Scottish Leaving Certificate Examination, 1953
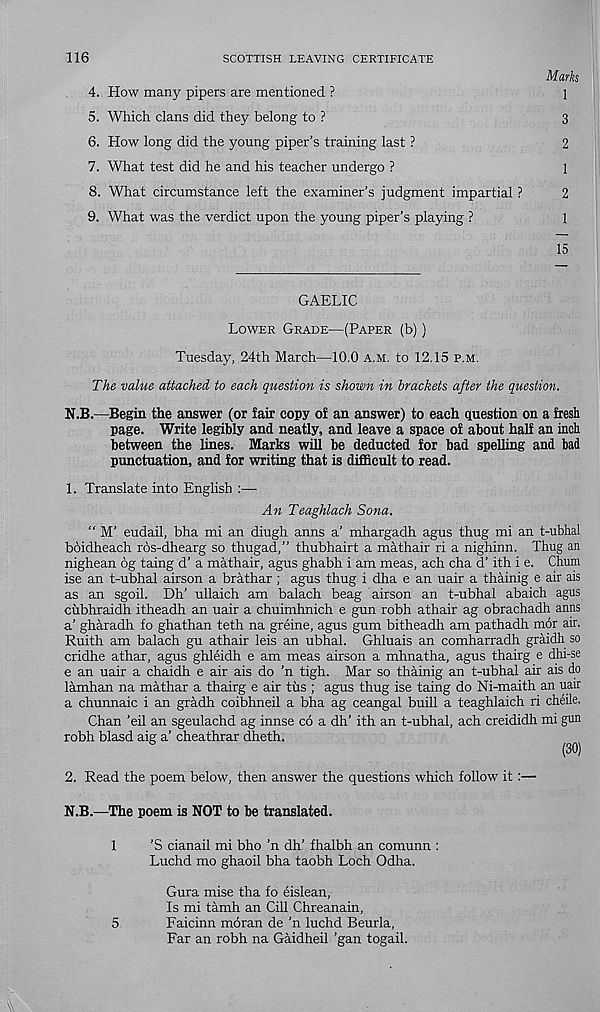
116
SCOTTISH LEAVING CERTIFICATE
Marks
4. How many pipers are mentioned ?
1
5. Which clans did they belong to ?
3
6. How long did the young piper’s training last ?
2
7. What test did he and his teacher undergo ?
1
8. What circumstance left the examiner’s judgment impartial ?
2
9. What was the verdict upon the young piper’s playing ?
1
15
GAELIC
Lower Grade—(Paper (b))
Tuesday, 24th March—10.0 a.m. to 12.15 p.m.
The value attached to each question is shown in brackets after the question.
N.B.—Begin the answer (or fair copy of an answer) to each question on a fresh
page. Write legibly and neatly, and leave a space of about half an inch
between the lines. Marks will be deducted for bad spelling and bad
punctuation, and for writing that is difficult to read.
1. Translate into English :—
An Teaghlach Sana.
“ M’ eudail, bha mi an diugh anns a’ mhargadh agus thug mi an t-ubhal
boidheach ros-dhearg so thugad,” thubhairt a mathair ri a nighinn. Thug an
nighean 6g taing d’ a mathair, agus ghabh i am meas, ach cha d’ ith i e. Chum
ise an t-ubhal airson a brathar ; agus thug i dha e an uair a thainig e air ais
as an sgoil. Dh’ ullaich am balach beag airson an t-ubhal abaich agus
cubhraidh itheadh an uair a chuimhnich e gun robh athair ag obrachadh anns
a’ gharadh fo ghathan teth na greine, agus gum bitheadh am pathadh mor air.
Ruith am balach gu athair leis an ubhal. Ghluais an comharradh graidh so
cridhe athar, agus ghleidh e am meas airson a mhnatha, agus thairg e dhi-se
e an uair a chaidh e air ais do ’n tigh. Mar so thainig an t-ubhal air ais do
lamhan na mathar a thairg e air tus ; agus thug ise taing do Ni-maith an uair
a chunnaic i an gradh coibhneil a bha ag ceangal buill a teaghlaich ri cheile.
Chan ’eil an sgeulachd ag innse c6 a dh’ ith an t-ubhal, ach creididh mi gun
robh blasd aig a’ cheathrar dheth.
(30)
2. Read the poem below, then answer the questions which follow it:—
N.B.—The poem is NOT to be translated.
1
’S cianail mi bho ’n dh’ fhalbh an comunn :
Luchd mo ghaoil bha taobh Loch Odha.
Gura mise tha fo eislean,
Is mi tamh an Cill Chreanain,
5
Faicinn moran de ’n luchd Beurla,
Far an robh na Gaidheil ’gan togail.